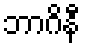
ဘာဂိနီ